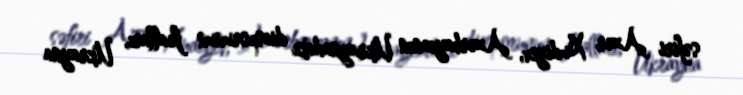
səfiri Azər Xudiyev, Azərbaycanın Ukraynadakı diasporunun fəalları, Ukrayna